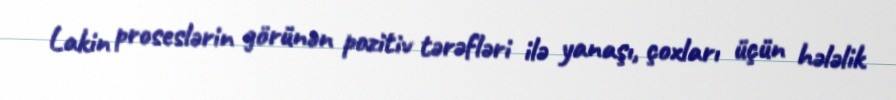
Lakin proseslərin görünən pozitiv tərəfləri ilə yanaşı, çoxları üçün hələlik